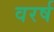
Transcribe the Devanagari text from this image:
वरर्ष